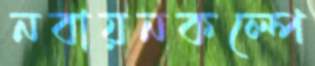
নবায়নকল্পে